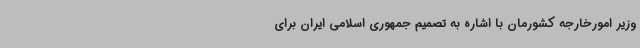
وزیر امورخارجه کشورمان با اشاره به تصمیم جمهوری اسلامی ایران برای